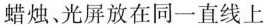
蜡烛、光屏放在同一直线上